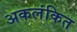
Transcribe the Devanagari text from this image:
अकलंकित